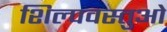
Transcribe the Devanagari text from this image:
शिल्पवस्तुओं